Lunatic asylums Central Provinces reports 1886-1894 - 1886-1894
Year: 1886
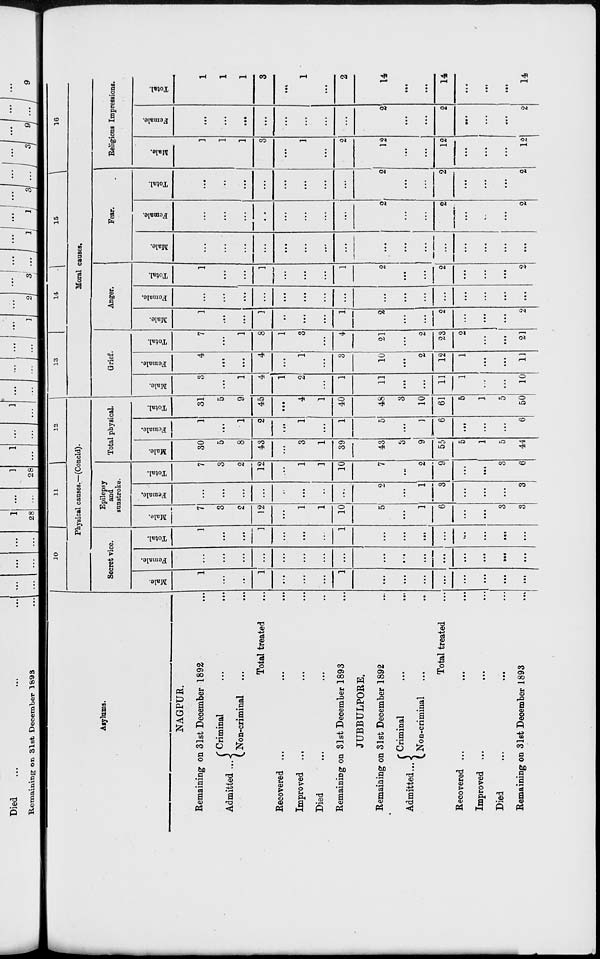
Asylums.
NAGPUR.
Remaining on 31st December 1892 ...
Admitted ...
Criminal ... ...
Non-criminal ... ...
Total treated ... ... ...
Recovered ... ... ...
Improved ... ... ...
Died ... ... ...
Remaining on 31st December 1893 ...
JUBBULPORE.
Remaining on 31st December 1892 ...
Admitted...
Criminal ... ...
Non-criminal ... ...
Total treated ... ... ...
Recovered ... ... ...
Improved ... ... ...
Died ... ... ...
Remaining on 31st December 1893 ...
10
11
12
Physical causes.—(Concld).
Secret vice.
Male.
1
...
...
1
...
...
...
1
...
...
...
...
...
...
...
...
Female.
...
...
...
...
...
...
...
...
...
...
...
...
...
...
...
...
Total.
1
...
...
1
...
...
...
1
...
...
...
...
...
...
...
...
Epilepsy
and
sunstroke.
Male.
7
3
2
12
...
1
1
10
5
...
1
6
...
...
3
3
Female.
...
...
...
...
...
...
...
...
2
...
1
3
...
...
...
3
Total.
7
3
2
12
...
1
1
10
7
...
2
9
...
...
3
6
Total physical.
Male.
30
5
8
43
...
3
1
39
43
3
9
55
5
1
5
44
Female.
1
...
1
2
...
1
...
1
5
...
1
6
...
...
...
6
Total.
31
5
9
45
...
4
1
40
48
3
10
61
5
1
5
50
13
14
15
16
Moral causes.
Grief.
Male.
3
...
1
4
1
2
...
1
11
...
...
11
1
...
...
10
Female.
4
...
...
4
...
1
...
3
10
...
2
12
1
...
...
11
Total.
7
...
1
8
1
3
...
4
21
...
2
23
2
...
...
21
Anger.
Male.
1
...
...
1
...
...
...
1
2
...
...
2
...
...
...
2
Female.
...
...
...
...
...
...
...
...
...
...
...
...
...
...
...
...
Total.
1
...
...
1
...
...
...
1
2
...
...
2
...
...
...
2
Fear.
Male.
...
...
...
...
...
...
...
...
...
...
...
...
...
...
...
...
Female.
...
...
...
...
...
...
...
...
2
...
...
2
...
...
...
2
Total.
...
...
...
...
...
...
...
...
2
...
...
2
...
...
...
2
Religious Impressions.
Male.
1
1
1
3
...
1
...
2
12
...
...
12
...
...
...
12
Female.
...
...
...
...
...
...
...
...
2
...
...
2
...
...
...
2
Total.
1
1
1
3
...
1
...
2
14
...
...
14
...
...
...
14